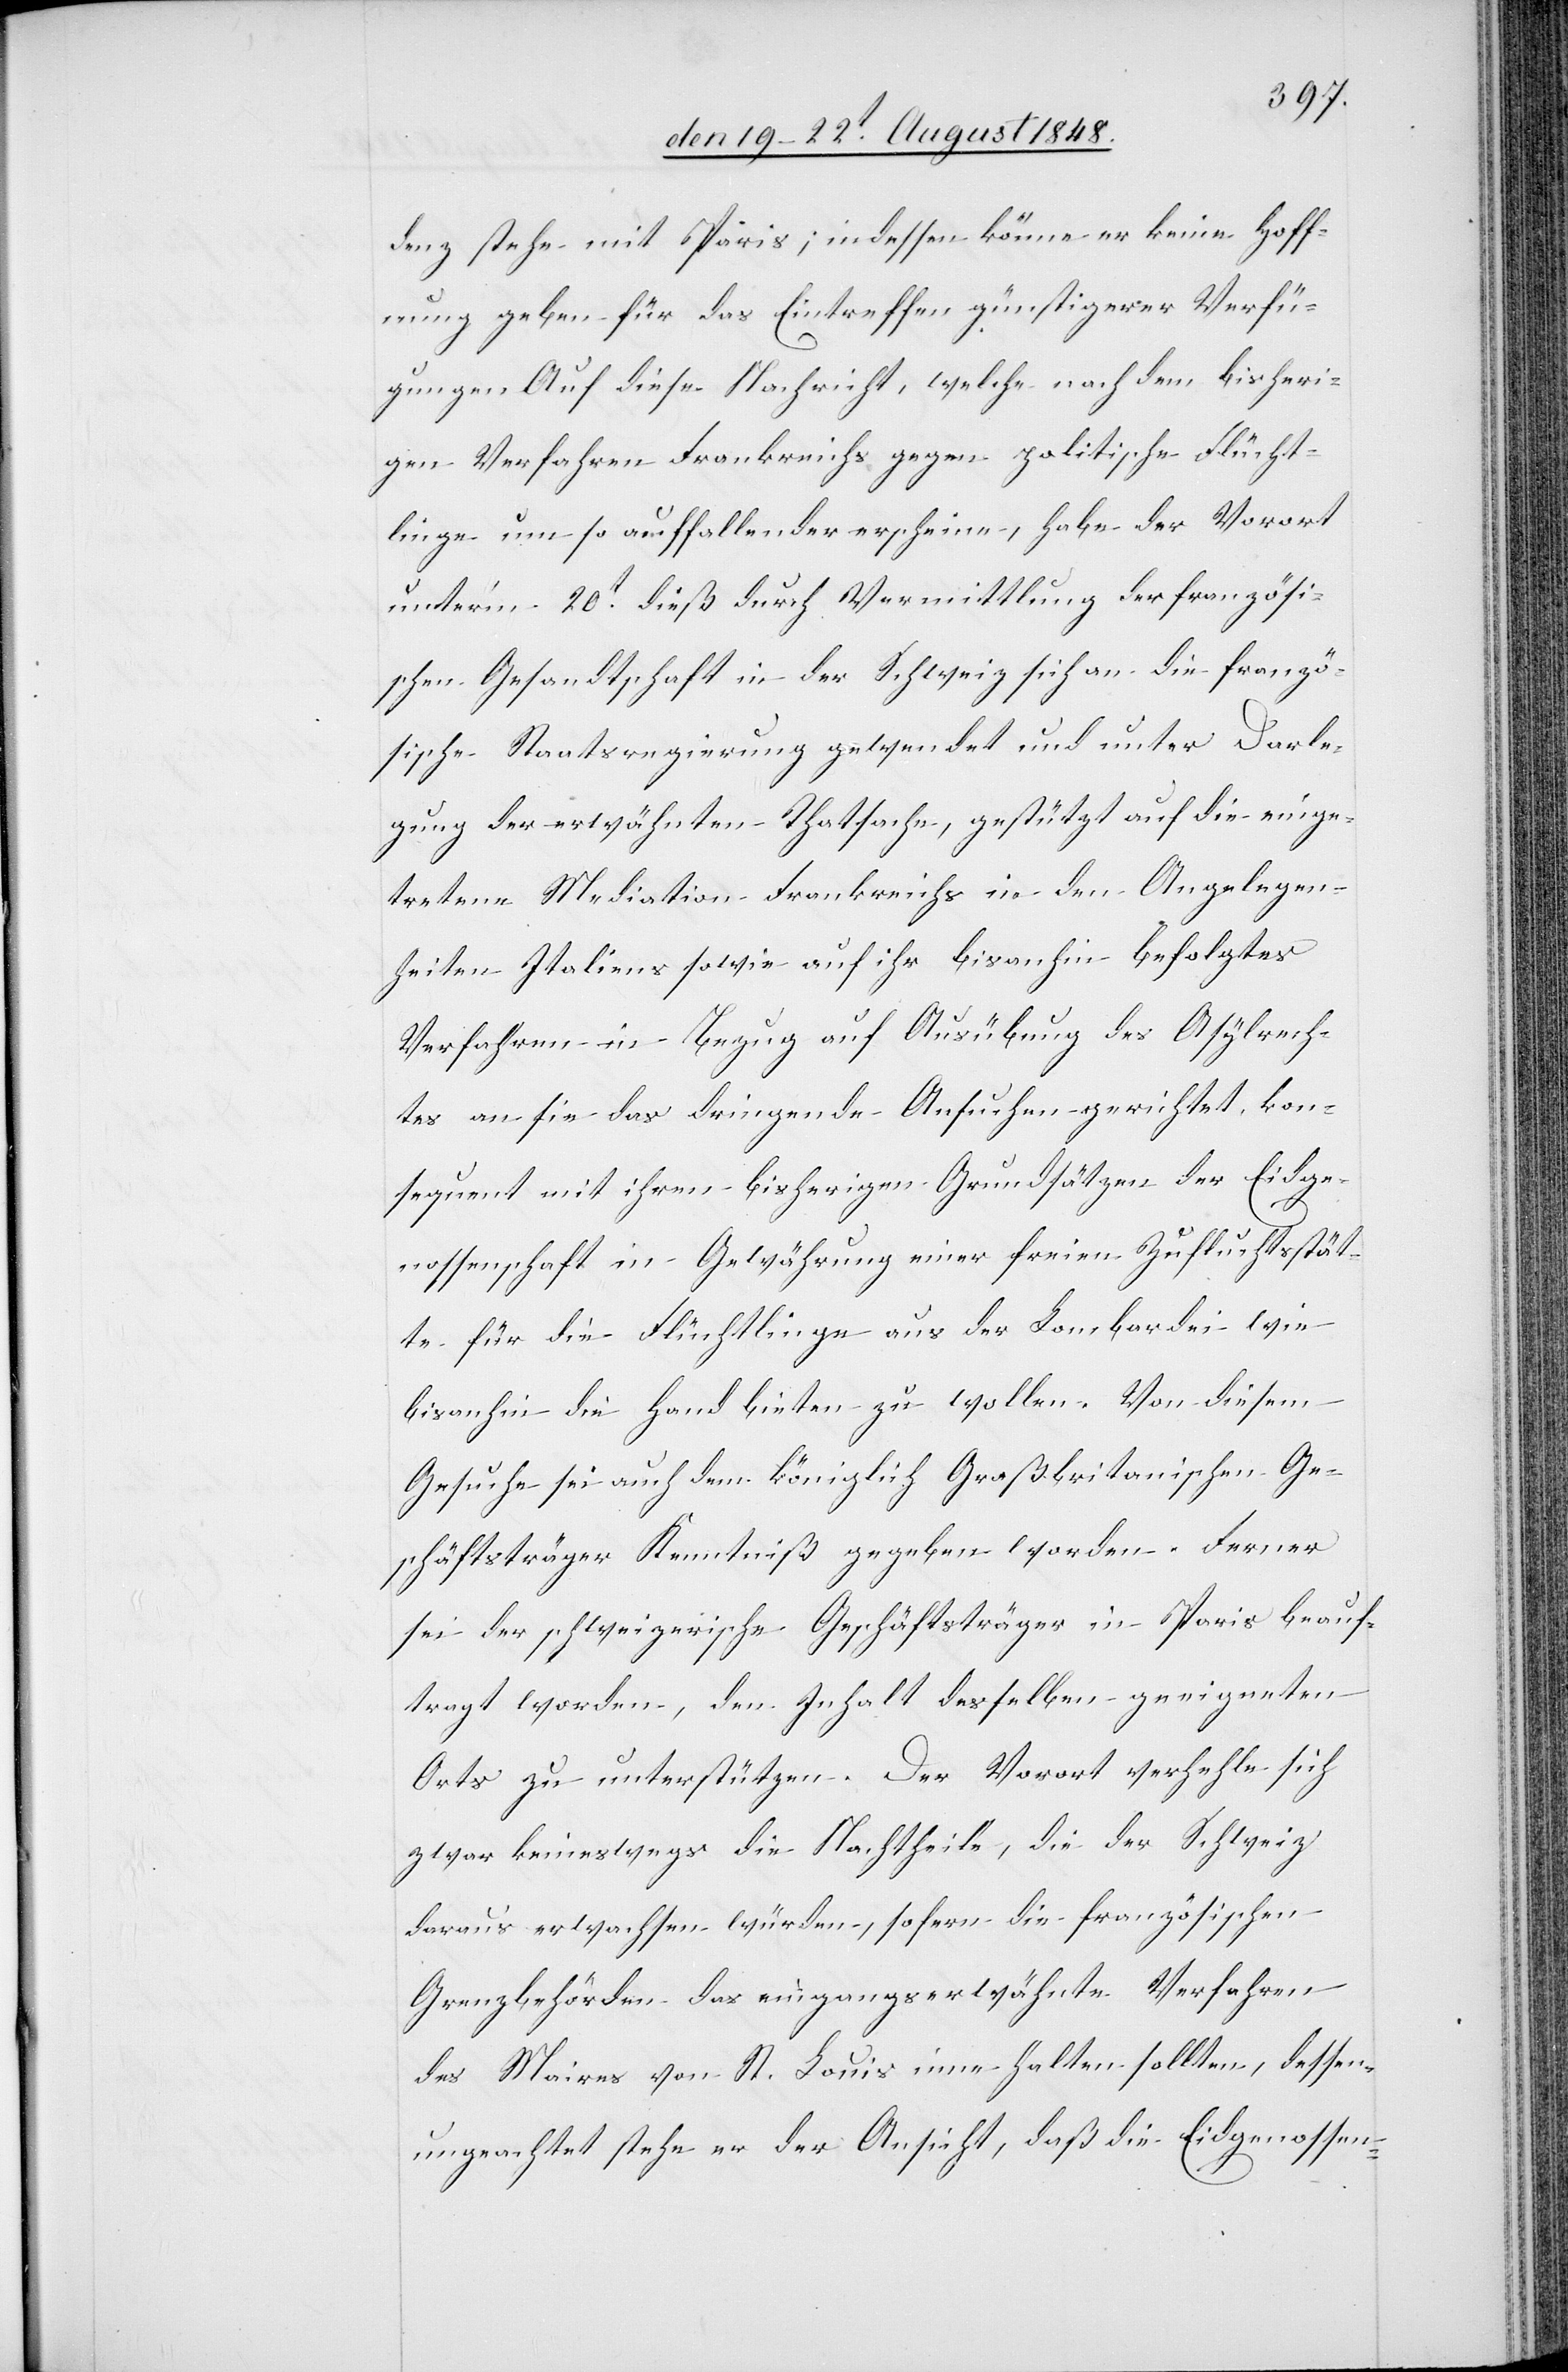
denz stehe mit Paris; indessen könne er keine Hoff¬
nung geben für das Eintreffen günstigerer Verfü¬
gungen[.] Auf diese Nachricht, welche nach dem bisheri¬
gen Verfahren Frankreichs gegen politische Flücht¬
linge um so auffallender erscheine, habe der Vorort
unter’m 20t dieß durch Vermittlung der französi¬
schen Gesandtschaft in der Schweiz sich an die franzö¬
sische Staatsregierung gewendet und unter Darle¬
gung der erwähnten Thatsache, gestützt auf die einge¬
tretene Mediation Frankreichs in den Angelegen¬
heiten Italiens sowie auf ihr bisanhin befolgtes
Verfahren in Bezug auf Ausübung des Asylrech¬
tes an sie das dringende Ansuchen gerichtet, kon¬
sequent mit ihren bisherigen Grundsätzen der Eidge¬
nossenschaft in Gewährung einer freien Zufluchtsstät¬
te für die Flüchtlinge aus der Lombardei wie
Ge¬
bisanhin die Hand bieten zu wollen. Von diesem
Gesuche sei auch dem königlich Graßbritanischen [s¬
schäftsträger Kenntniß gegeben worden. Ferner
sei der schweizerische Geschäftsträger in Paris beauf¬
tragt worden, den Inhalt desselben geeigneten
Orts zu unterstützen. Der Vorort verhehle sich
zwar keineswegs die Nachtheile, die der Schweiz
daraus erwachsen würden, sofern die französischen
Grenzbehörden das eingangserwähnte Verfahren
des Maires von St. Louis inne halten sollten, dessen
ungeachtet stehe er der Ansicht, daß die Eidgenossen-